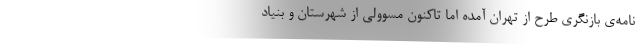
نامه‌ی بازنگری طرح از تهران آمده اما تاکنون مسوولی از شهرستان و بنیاد